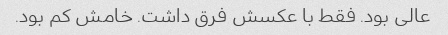
عالی بود. فقط با عکسش فرق داشت. خامش کم بود.